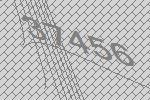
37456